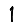
Digit: 1